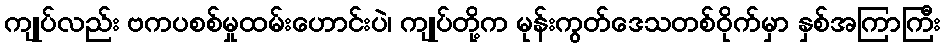
ကျုပ်လည်း ဗကပစစ်မှုထမ်းဟောင်းပဲ၊ ကျုပ်တို့က မုန်းကွတ်ဒေသတစ်ဝိုက်မှာ နှစ်အကြာကြီး